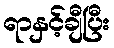
ရာနှင့်ချီပြီး